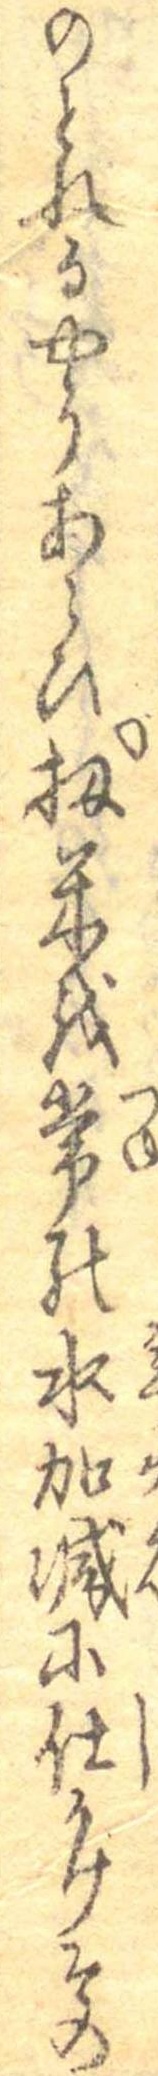
のとれるやうあらひ扨米を常の水加減に仕かけその